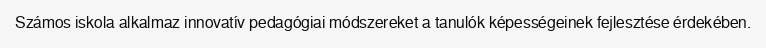
Számos iskola alkalmaz innovatív pedagógiai módszereket a tanulók képességeinek fejlesztése érdekében.